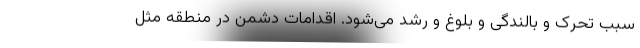
سبب تحرک و بالندگی و بلوغ و رشد می‌شود. اقدامات دشمن در منطقه مثل